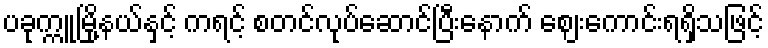
ပခုက္ကူမြို့နယ်နှင့် ကရင့် စတင်လုပ်ဆောင်ပြီးနောက် ဈေးကောင်းရရှိသဖြင့်